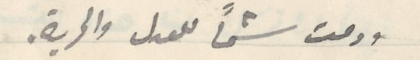
ودمت شمًا للعدل والحرية.